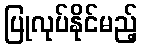
ပြုလုပ်နိုင်မည့်